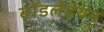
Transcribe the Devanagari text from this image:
बॉडलेइयन